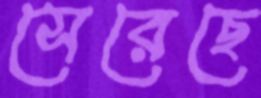
সেরেছে